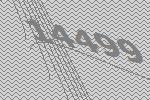
14499